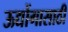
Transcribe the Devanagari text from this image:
ऊद्योंगासाठी